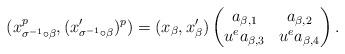
LaTeX: \begin{align*}(x_{\sigma^{-1}\circ\beta}^p, (x'_{\sigma^{-1}\circ\beta})^p)=(x_{\beta},x'_{\beta})\begin{pmatrix}a_{\beta,1} & a_{\beta,2} \\ u^e a_{\beta,3} & u^e a_{\beta,4}\end{pmatrix}.\end{align*}